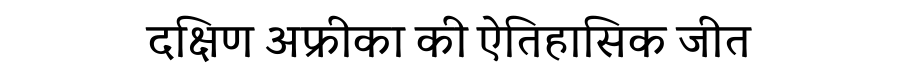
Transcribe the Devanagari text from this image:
दक्षिण अफ्रीका की ऐतिहासिक जीत